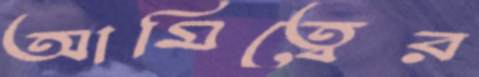
আমিত্বের